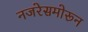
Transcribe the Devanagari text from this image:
नजरेसमोरून